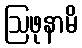
ဩဖုနာမိ